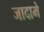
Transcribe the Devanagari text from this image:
जादामे